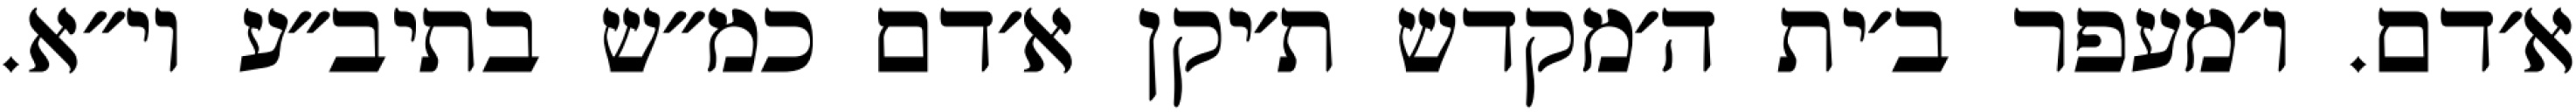
א׳דם. ו׳מעפר ב׳ית ה׳מקדש ת׳יקן א׳דם כמ״ש בתיב״ע וי״א.